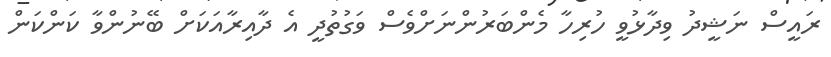
ރައީސް ނަޝީދު ވިދާޅުވީ ހުރިހާ މެންބަރުންނަށްވެސް ވަގުތުދީ އެ ދާއިރާއަކަށް ބޭނުންވާ ކަންކަން